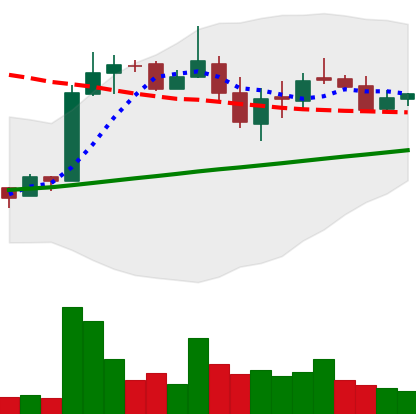
Ticker: LTC-USD
Chart end date: 2018-03-02
Forward return: -12.569%
Label: down_7plus